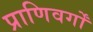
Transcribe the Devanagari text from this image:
प्राणिवर्गों